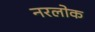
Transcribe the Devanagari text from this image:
नरलोक